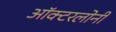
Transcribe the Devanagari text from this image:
ऑक्टरलोनी